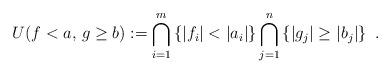
LaTeX: \begin{align*}U(f<a , \, g\ge b):=\bigcap_{i=1}^m \left\{ |f_i |< |a_i|\right\}\bigcap_{j=1}^n \left\{ |g_j | \ge |b_j|\right\}~.\end{align*}